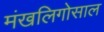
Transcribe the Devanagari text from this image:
मंखलिगोसाल